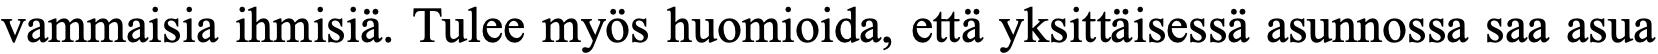
vammaisia ihmisiä. Tulee myös huomioida, että yksittäisessä asunnossa saa asua